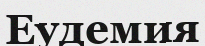
Еудемия